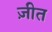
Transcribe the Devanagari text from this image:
ज़ीत